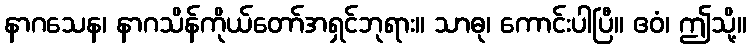
နာဂသေန၊ နာဂသိန်ကိုယ်တော်အရှင်ဘုရား။ သာဓု၊ ကောင်းပါပြီ။ ဧဝံ၊ ဤသို့။